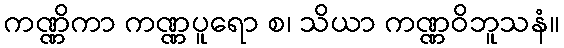
ကဏ္ဏိကာ ကဏ္ဏပူရော စ၊ သိယာ ကဏ္ဏဝိဘူသနံ။